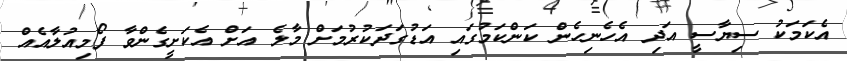
އެކަމަކު ސިޔާސީ އަދި އެހެނިހެން ކަންކަމުގައި އަޑުގަދަކުރުމަށް މާލެ އަށް އެކަށީގެންވާ ފޯމިއުލާއެއް